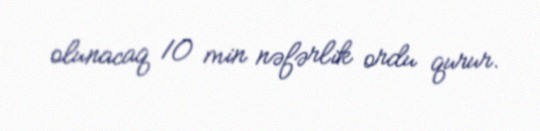
olunacaq 10 min nəfərlik ordu qurur.